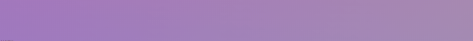
متجر العاب الأطفال: عالم